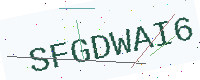
Text: SFGDWAI6